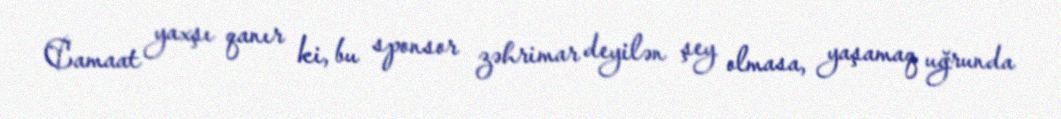
Camaat yaxşı qanır ki, bu sponsor zəhrimar deyilən şey olmasa, yaşamaq uğrunda